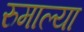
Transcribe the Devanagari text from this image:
रुमाल्या